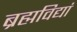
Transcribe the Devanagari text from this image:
ब्रह्मविद्यां